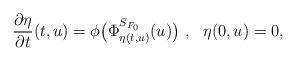
LaTeX: \begin{align*}\frac{\partial \eta}{\partial t}(t,u)=\phi\bigl(\Phi_{\eta(t,u)}^{S_{F_0}}(u)\bigr)~,~~\eta(0,u)=0, \end{align*}